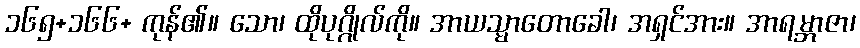
၁၆၅+၁၆၆+ ကုန်၏။ သော၊ ထိုပုဂ္ဂိုလ်ကို။ အာယသ္မာတောခေါ၊ အရှင်အား။ အာရမ္ဘာဇာ၊